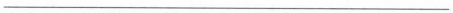
___